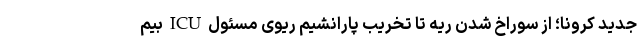
جدید کرونا؛ از سوراخ شدن ریه تا تخریب پارانشیم ریوی مسئول ICU بیم